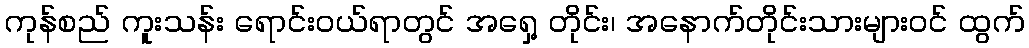
ကုန်စည် ကူးသန်း ရောင်းဝယ်ရာတွင် အရှေ့ တိုင်း၊ အနောက်တိုင်းသားများဝင် ထွက်